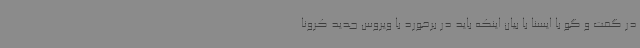
در گفت و گو با ایسنا با بیان اینکه باید در برخورد با ویروس جدید کرونا